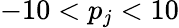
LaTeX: -10<p_{j}<10